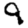
Digit: 9